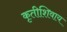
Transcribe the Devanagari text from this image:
कृतीशिवाय